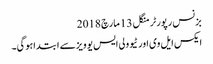
بزنس رپورٹر منگل 13 مارچ 2018
ایکس ایل وی اور ٹیوولی ایس یو ویزسے ابتداہوگی۔